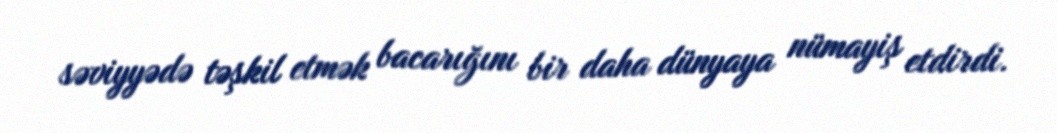
səviyyədə təşkil etmək bacarığını bir daha dünyaya nümayiş etdirdi.